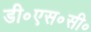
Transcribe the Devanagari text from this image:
डी॰एस॰सी॰